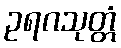
ဥရဂသုတ္တံ